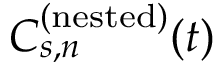
C _ { s , n } ^ { ( \mathrm { n e s t e d } ) } ( t )